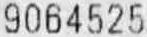
9064525